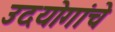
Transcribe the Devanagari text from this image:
उदयोगांचे